Veterinary regulations India, 1939 -
Year: 1939
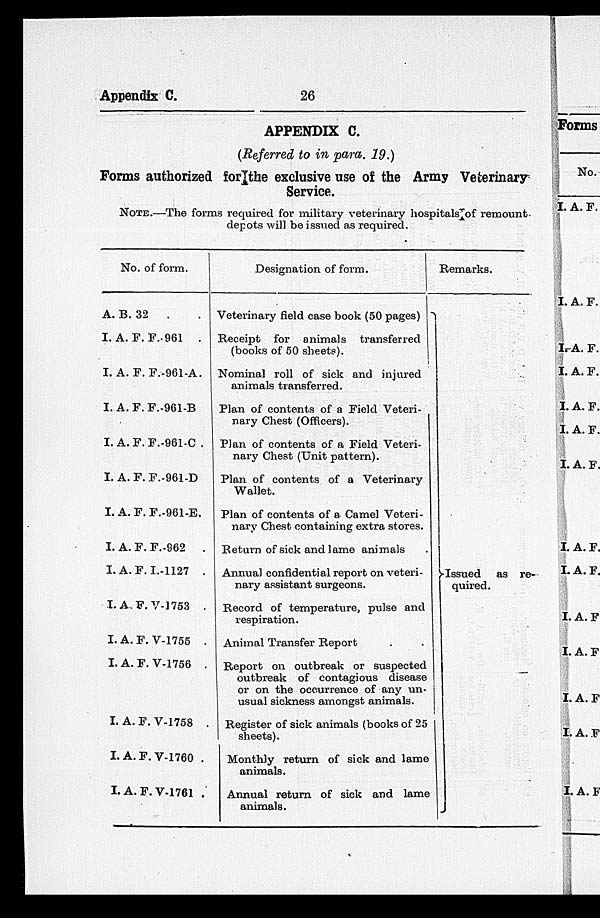
Appendix C.
26
APPENDIX C.
(Referred to in para. 19.)
Forms authorized for the exclusive use of the Army Veterinary
Service.
NOTE.—The forms required for military veterinary hospitals of remount
depots will be issued as required.
No. of form.
A. B. 32
. .
I. A. F. F. 961 .
I. A. F. F.-961-A.
I. A. F. F.-961-B
I. A. F. F.-961-C .
I. A. F. F.-961-D
I. A. F. F.-961-E.
I. A. F. F.-962
.
I. A. F. I.-1127 .
I. A. F. V-1753 .
I. A. F. V-1755 .
I. A. F. V-1756 .
I. A. F. V-1758 .
I. A. F. V-1760 .
I. A. F. V-1761 .
Designation of form.
Veterinary field case book (50 pages)
Receipt for animals transferred
(books of 50 sheets).
Nominal roll of sick and injured
animals transferred.
Plan of contents of a Field Veteri-
nary Chest (Officers).
Plan of contents of a Field Veteri-
nary Chest (Unit pattern).
Plan of contents of a Veterinary
Wallet.
Plan of contents of a Camel Veteri-
nary Chest containing extra stores.
Return of sick and lame animals .
Annual confidential report on veteri-
nary assistant surgeons.
Record of temperature, pulse and
respiration.
Animal Transfer Report . .
Report on outbreak or suspected
outbreak of contagious disease
or on the occurrence of any un-
usual sickness amongst animals.
Register of sick animals (books of 25
sheets).
Monthly return of sick and lame
animals.
Annual return of sick and lame
animals.
Remarks.
Issued as re-
quired.